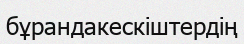
бұрандакескіштердің